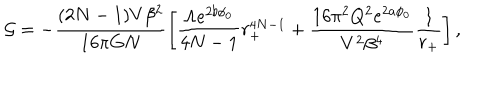
{ \cal G } = - \frac { ( 2 N - 1 ) V \beta ^ { 2 } } { 1 6 \pi G N } \left[ \frac { \Lambda e ^ { 2 b \phi _ { 0 } } } { 4 N - 1 } r _ { + } ^ { 4 N - 1 } + \frac { 1 6 \pi ^ { 2 } Q ^ { 2 } e ^ { 2 a \phi _ { 0 } } } { V ^ { 2 } \beta ^ { 4 } } \frac { 1 } { r _ { + } } \right] ,